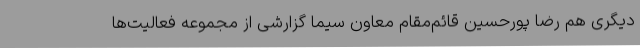
دیگری هم رضا پورحسین قائم‌مقام معاون سیما گزارشی از مجموعه فعالیت‌ها